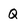
Character: Q